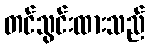
တင်သွင်းထားသည်